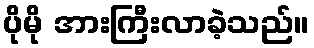
ပိုမို အားကြီးလာခဲ့သည်။